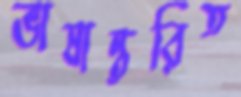
ভাষান্তরিত